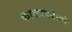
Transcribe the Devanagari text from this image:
काळापर्यंतचे